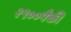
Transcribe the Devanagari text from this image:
२९००पैकी